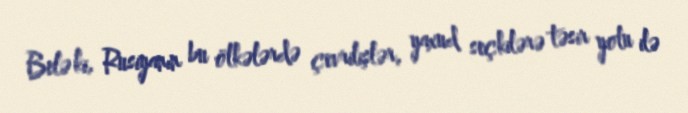
Belə ki, Rusiyanın bu ölkələrdə çevrilişlər, yaxud seçkilərə təsir yolu ilə